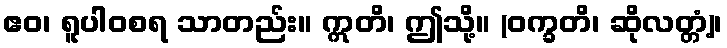
ဧဝ၊ ရူပါဝစရ သာတည်း။ ဣတိ၊ ဤသို့။ (ဝက္ခတိ၊ ဆိုလတ္တံ့)၊